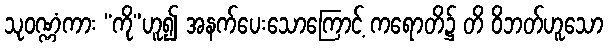
သုဝဏ္ဏံကား “ကို”ဟူ၍ အနက်ပေးသောကြောင့် ကရောတိ၌ တိ ဝိဘတ်ဟူသော